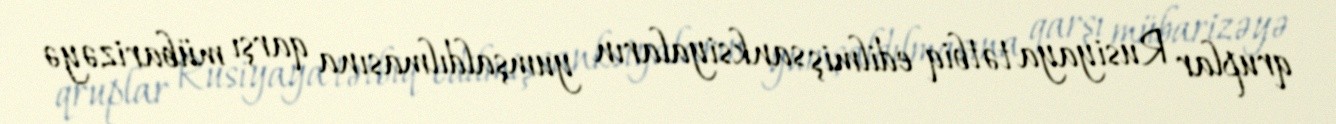
qruplar Rusiyaya tətbiq edilmiş sanksiyaların yumşaldılmasına qarşı mübarizəyə